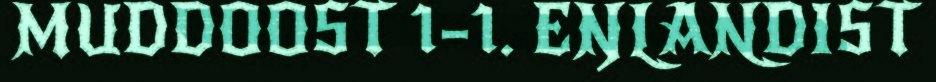
MUDDOOST 1–1. EŊLANDIST